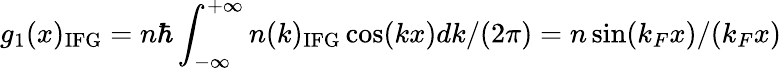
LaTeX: g_{1}(x)_{\mathrm{IFG}}=n\hbar\int_{-\infty}^{+\infty}n(k)_{\mathrm{IFG}}\cos(kx)dk/(2\pi)=n\sin(k_{F}x)/(k_{F}x)